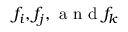
f _ { i } , f _ { j } , \mathrm { ~ a ~ n ~ d ~ } f _ { k }